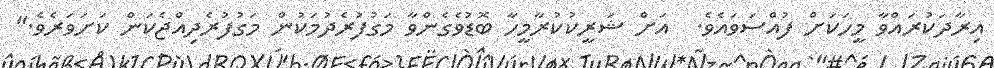
އިރާދަކުރައްވާ މީހަކަށް ފުއްސަވައެވެ.  އަށް ޝަރީކުކުރާމީހާ ބޮޑުވެގެންވާ މަގުފުރެދުމަކުން މަގުފުރެދިއްޖެކަން ކަށަވަރެވެ."